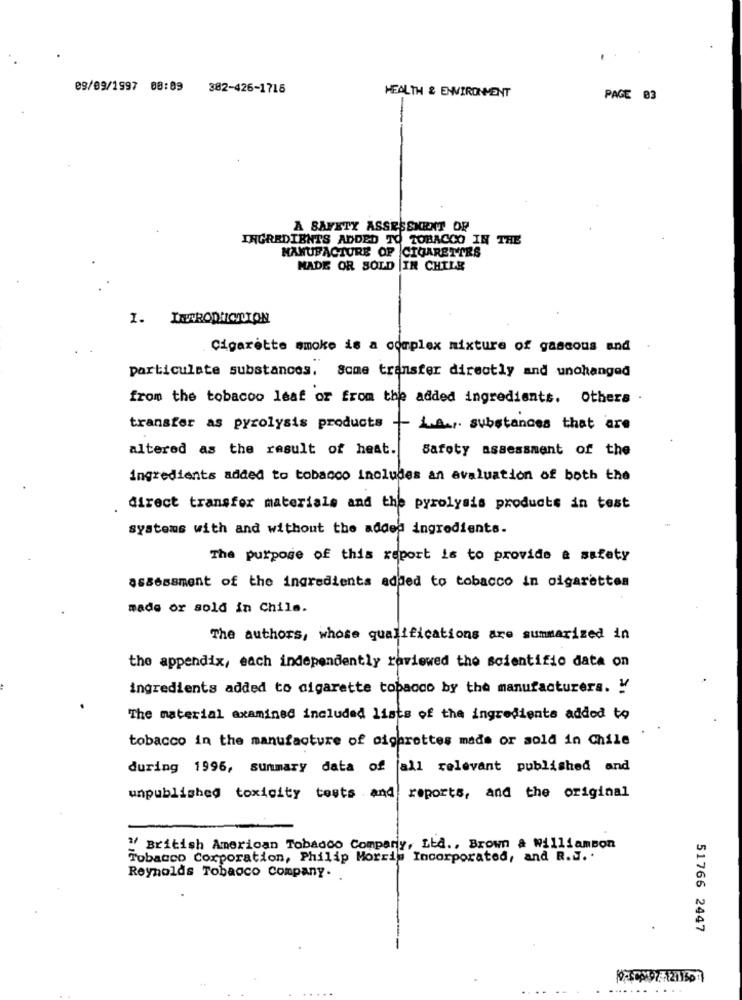
09/09/1997 08:09 382-426-1715
HEALTH & ENVIRONMENT
PAGE 03
A SAFETY ASSESSMENT OF
INGREDIENTS ADDED TO TOBACCO IN THE
MANUFACTURE OF CIGARETTES
MADE OR SOLD IN CHILE
I. INTRODUCTION
Cigarette smoke is a complex mixture of gascous and
particulate substances. Some transfer directly and unchanged
from the tobacco leaf or from the added ingredients. Others
transfer as pyrolysis products
1.A. substances that are
altered as the result of heat.
Safety assessment of the
ingredients added to tobacco includes an avaluation of both the
direct transfer materials and the pyrolysis products in test
systems with and without the added ingredients.
The purpose of this report is to provide & safety
assessment of the ingredients added to tobacco in cigarettes
made or sold in Chile.
The authors, whose qualifications are summarized in
the appendix, each independently raviewed the scientific data on
ingredients added to cigarette tobacco by the manufacturers. y
The material examined included lists of the ingredients added to
tobacco in the manufacture of cigarettes made or sold in Chile
during 1996, sunmary data of all relevant published and
unpublished toxicity tests and reports, and the original
" British American Tobacco Comparly, Ltd ., Brown & Williamson
Tobacco Corporation, Philip Morris Incorporated, and R.J. .
Reynolds Tobacco Company.
51766 2447
....